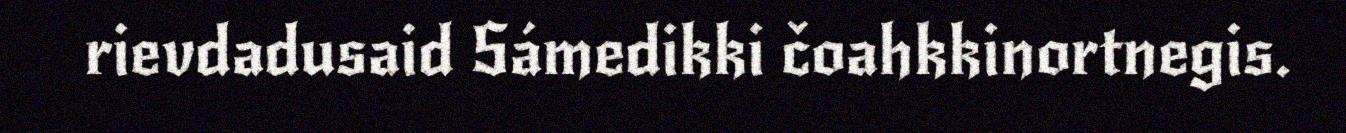
rievdadusaid Sámedikki čoahkkinortnegis.